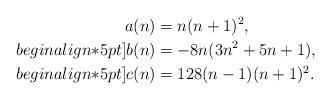
LaTeX: \begin{align*}a(n)&=n(n+1)^2,\\begin{align*}5pt]b(n)&=-8n(3n^2+5n+1),\\begin{align*}5pt]c(n)&=128(n-1)(n+1)^2.\end{align*}